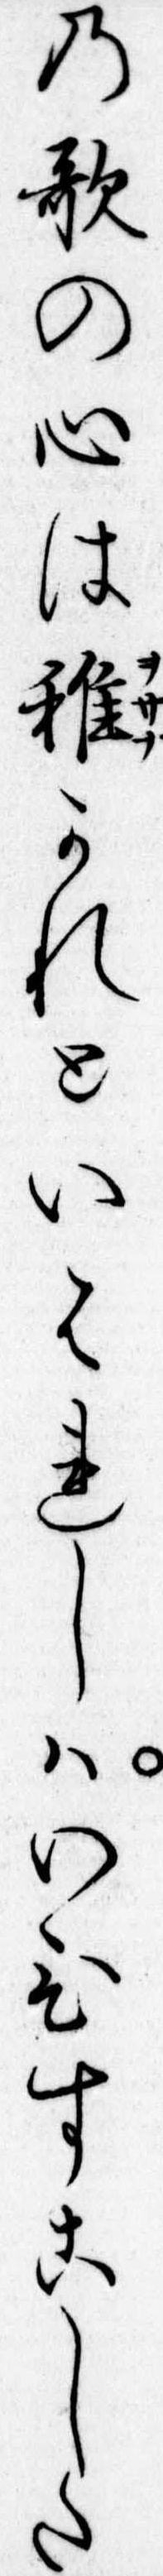
の歌の心は稚かれといはれしはいひすこした